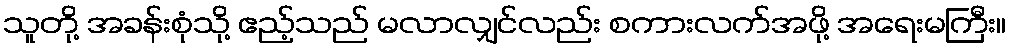
သူတို့ အခန်းစုံသို့ ဧည့်သည် မလာလျှင်လည်း စကားလက်အဖို့ အရေးမကြီး။